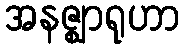
အနဇ္ဈာရုဟာ